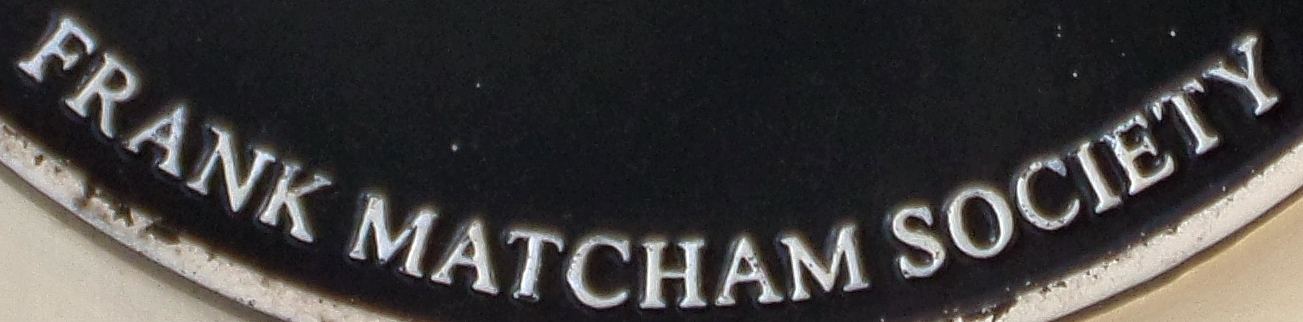
FRANK MATCHAM SOCIETY